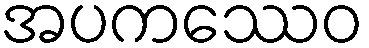
အပကဿေဝ